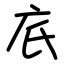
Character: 㡳